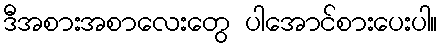
ဒီအစားအစာလေးတွေ ပါအောင်စားပေးပါ။